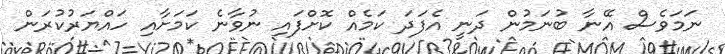
ނަމަވެސް އޭނާ ބުނަމުން ދަނީ އެފަދަ ކަމެއް ކޮށްފައި ނުވާނެ ކަމަށާއި ހައްޔަރުކުރަން